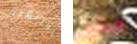
بورتلاند اختلق